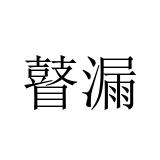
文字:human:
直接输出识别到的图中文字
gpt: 瞽漏